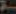
ة